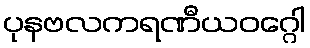
ပုနဗလကရဏီယဝဂ္ဂေါ